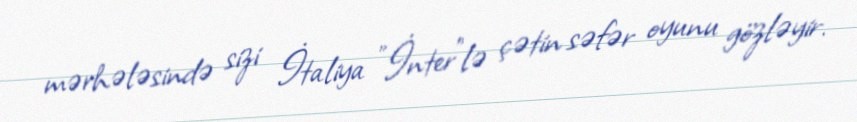
mərhələsində sizi İtaliya "İnter"lə çətin səfər oyunu gözləyir.